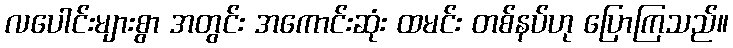
လပေါင်းများစွာ အတွင်း အကောင်းဆုံး ထမင်း တစ်နပ်ဟု ပြောကြသည်။